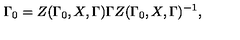
\Gamma _ { 0 } = Z ( \Gamma _ { 0 } , X , \Gamma ) \Gamma Z ( \Gamma _ { 0 } , X , \Gamma ) ^ { - 1 } ,